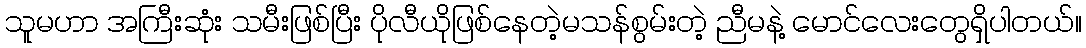
သူမဟာ အကြီးဆုံး သမီးဖြစ်ပြီး ပိုလီယိုဖြစ်နေတဲ့မသန်စွမ်းတဲ့ ညီမနဲ့ မောင်လေးတွေရှိပါတယ်။